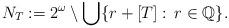
LaTeX: \begin{align*} N_T:=2^\omega\setminus \bigcup \{r+[T]:\, r\in\mathbb Q\}.\end{align*}